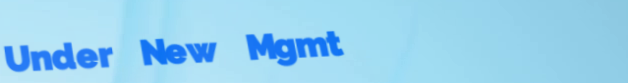
Under New Mgmt